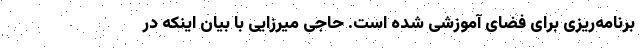
برنامه‌ریزی برای فضای آموزشی شده است. حاجی میرزایی با بیان اینکه در